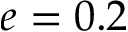
e = 0 . 2